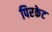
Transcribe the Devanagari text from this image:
पिरकेट